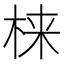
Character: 梾